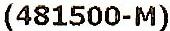
(481500-M)